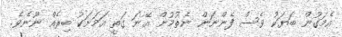
އެމަގުން ބަޔަކު ވެސް ފެންނަން ނެތުމުން އޭނަ ގަތީ އަމަށަކު ބިރެއް ނޫނެވެ.